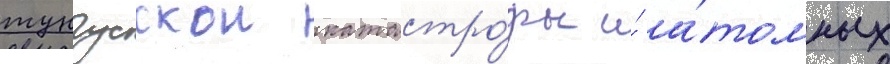
тунгусскои катастро́фы и́ а́томных